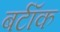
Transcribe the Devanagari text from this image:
बर्टॉक